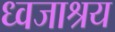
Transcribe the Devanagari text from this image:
ध्वजाश्रय